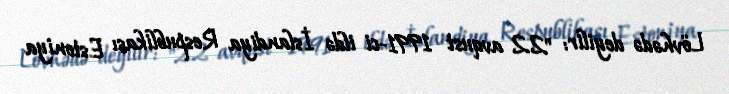
Lövhədə deyilir: "22 avqust 1991-ci ildə İslandiya Respublikası Estoniya